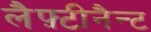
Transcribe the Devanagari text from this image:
लैफ़्टीनैन्ट